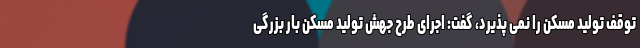
توقف تولید مسکن را نمی پذیرد، گفت: اجرای طرح جهش تولید مسکن بار بزرگی